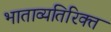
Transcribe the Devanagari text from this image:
भाताव्यतिरिक्त